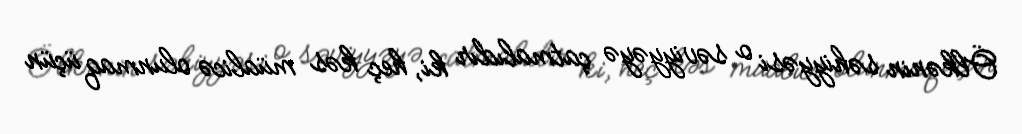
Ölkənin səhiyyəsi o səviyyəyə çatmalıdır ki, heç kəs müalicə olunmaq üçün